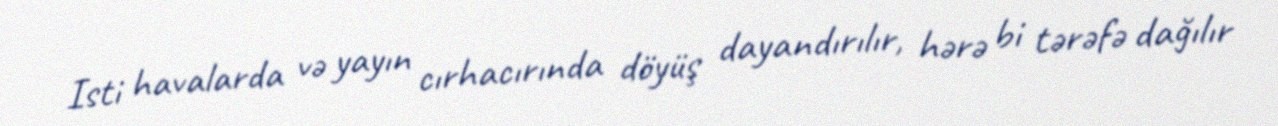
Isti havalarda və yayın cırhacırında döyüş dayandırılır, hərə bi tərəfə dağılır